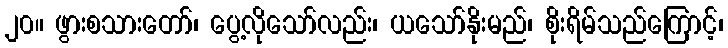
၂၀။ ဖွားစသားတော်၊ ပွေ့လိုသော်လည်း၊ ယသော်နိုးမည်၊ စိုးရိမ်သည်ကြောင့်၊